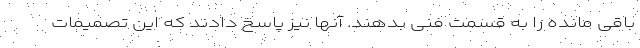
باقی مانده را به قسمت فنی بدهند. آنها نیز پاسخ دادند که این تصمیمات